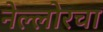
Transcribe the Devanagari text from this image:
नेल्लोरचा